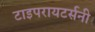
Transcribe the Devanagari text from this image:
टाइपरायटर्सनी